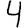
Digit: 4